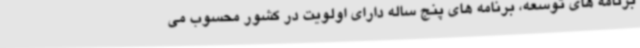
برنامه های توسعه، برنامه های پنج ساله دارای اولویت در کشور محسوب می